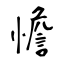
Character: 憺